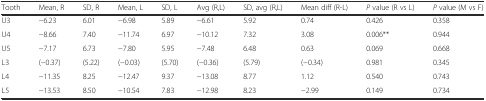
<table><thead><tr><td><b>Tooth</b></td><td><b>Mean, R</b></td><td><b>SD, R</b></td><td><b>Mean, L</b></td><td><b>SD, L</b></td><td><b>Avg (R,L)</b></td><td><b>SD, avg (R,L)</b></td><td><b>Mean diff (R-L)</b></td><td><b><i>P</i> value (R vs L)</b></td><td><b><i>P</i> value (M vs F)</b></td></tr></thead><tbody><tr><td>U3</td><td>−6.23</td><td>6.01</td><td>−6.98</td><td>5.89</td><td>−6.61</td><td>5.92</td><td>0.74</td><td>0.426</td><td>0.358</td></tr><tr><td>U4</td><td>−8.66</td><td>7.40</td><td>−11.74</td><td>6.97</td><td>−10.12</td><td>7.32</td><td>3.08</td><td>0.006**</td><td>0.944</td></tr><tr><td>U5</td><td>−7.17</td><td>6.73</td><td>−7.80</td><td>5.95</td><td>−7.48</td><td>6.48</td><td>0.63</td><td>0.069</td><td>0.668</td></tr><tr><td>L3</td><td>(−0.37)</td><td>(5.22)</td><td>(−0.03)</td><td>(5.70)</td><td>(−0.36)</td><td>(5.79)</td><td>(−0.34)</td><td>0.981</td><td>0.345</td></tr><tr><td>L4</td><td>−11.35</td><td>8.25</td><td>−12.47</td><td>9.37</td><td>−13.08</td><td>8.77</td><td>1.12</td><td>0.540</td><td>0.743</td></tr><tr><td>L5</td><td>−13.53</td><td>8.50</td><td>−10.54</td><td>7.83</td><td>−12.98</td><td>8.23</td><td>−2.99</td><td>0.149</td><td>0.734</td></tr></tbody></table>